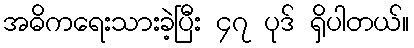
အဓိကရေးသားခဲ့ပြီး ၄၇ ပုဒ် ရှိပါတယ်။